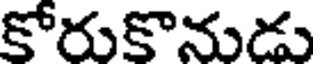
కోరుకొనుడు